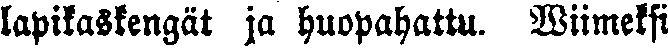
lapikaskengät ja huopahattu. Wiimeksi